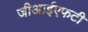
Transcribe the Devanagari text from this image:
जीआईएफटी